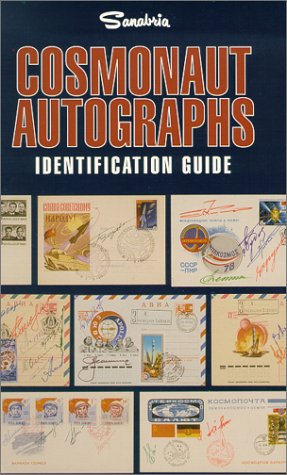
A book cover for Cosmonaut autographs: Identification guide; Stephen R Datz; Crafts, Hobbies & Home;